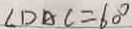
\angle D A C = 6 0 ^ { \circ }